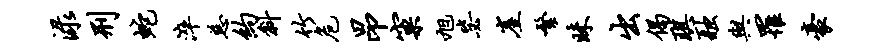
渌刑蛇淬慈约斜竹危昂窠旭毖崖繁昧出偈琪融与罹豪